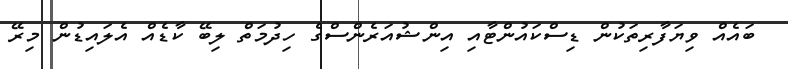
ބައެއް ވިޔަފާރިތަކުން ޑިސްކައުންޓާއި އިންޝުއަރެންސްގެ ހިދުމަތް ލިބޭ ކާޑެއް އެލައިޑުން މިރޭ